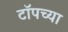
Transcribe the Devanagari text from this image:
टाॅपच्या